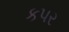
કપર